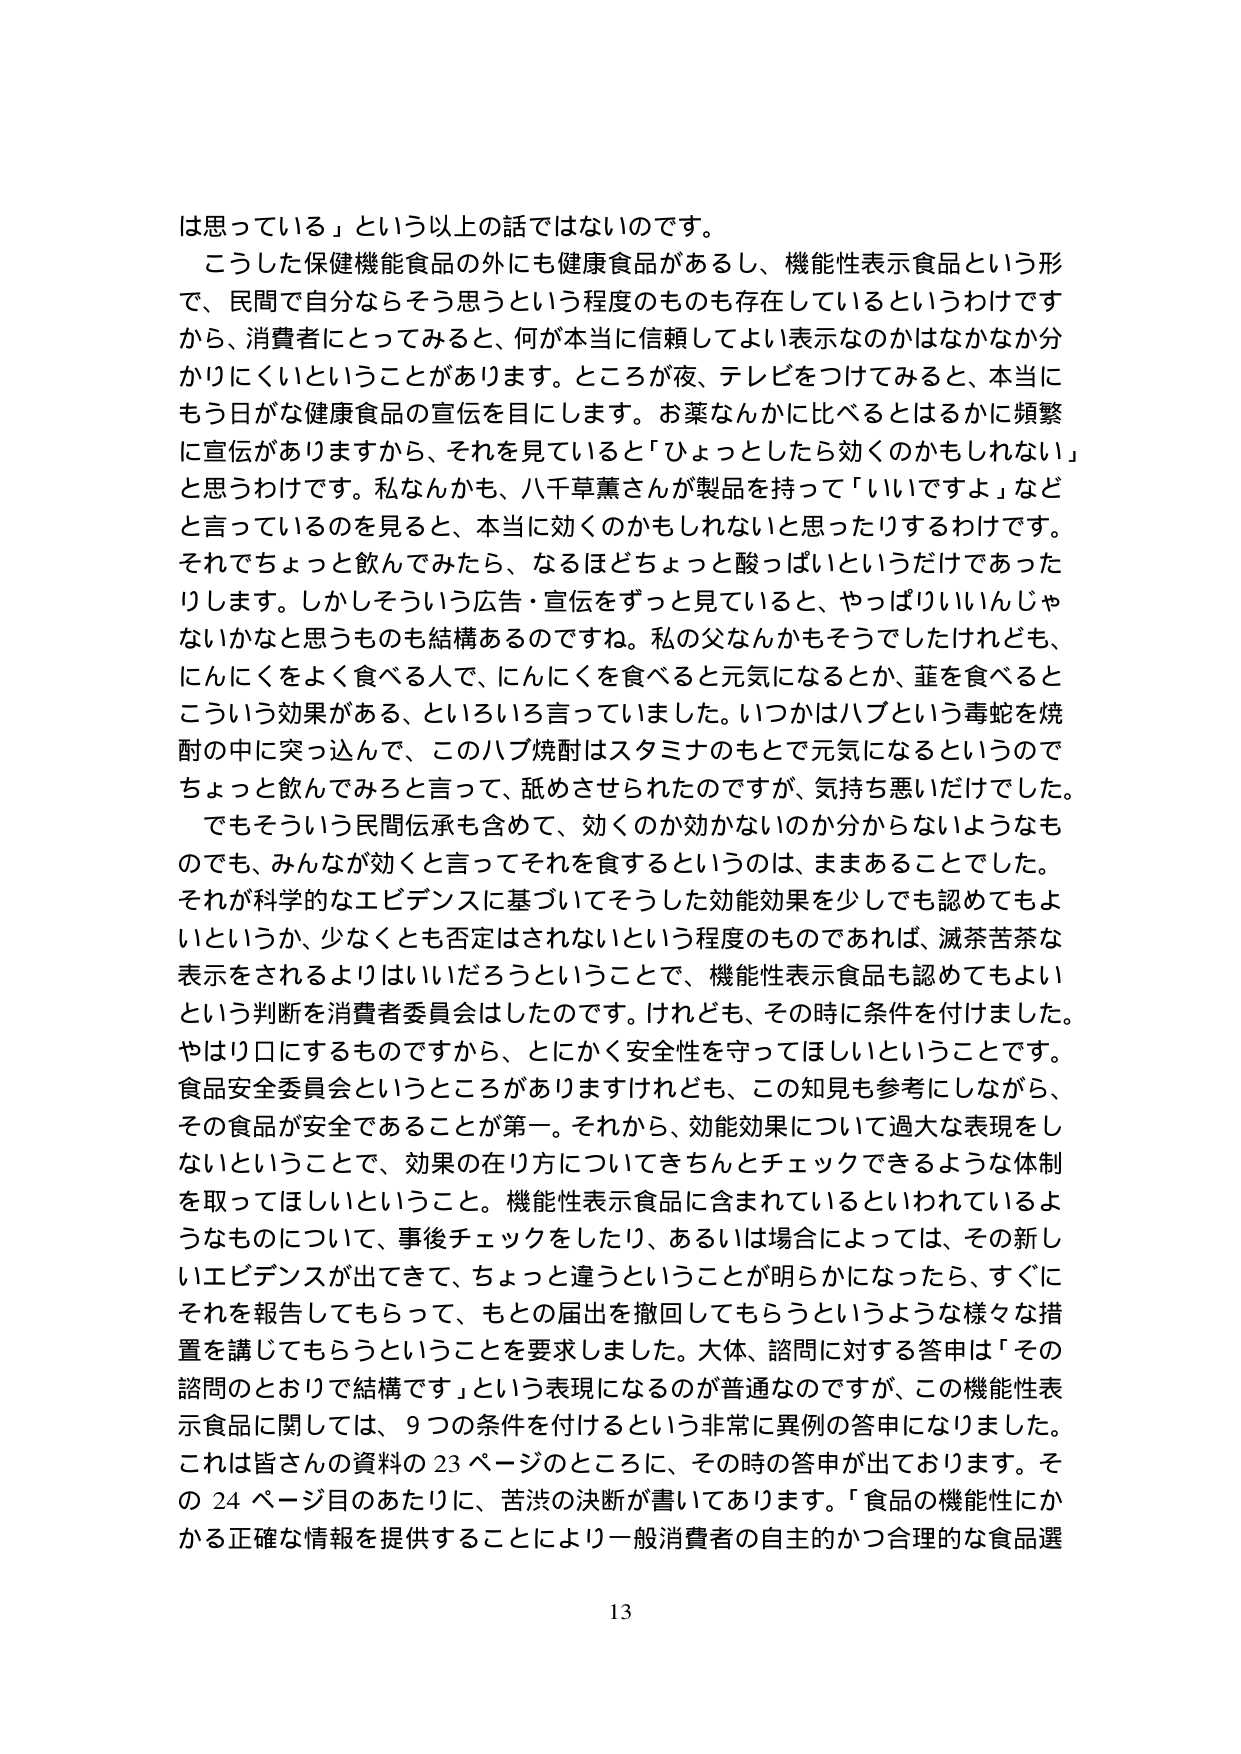
は思っている」という以上の話ではないのです。
こうした保健機能食品の外にも健康食品があるし、機能性表示食品という形で、民間で自分ならそう思うという程度のものも存在しているというわけですから、消費者にとってみると、何が本当に信頼してよい表示なのかはなかなか分かりにくいということがあります。ところが夜、テレビをつけてみると、本当にもう日がな健康食品の宣伝を目にします。お薬なんかに比べるとはるかに頻繁に宣伝がありますから、それを見ていると「ひょっとしたら効くのかもしれない」と思うわけです。私なんかも、八千草薫さんが製品を持って「いいですよ」などと言っているのを見ると、本当に効くのかもしれないと思ったりするわけです。それでちょっと飲んでみたら、なるほどちょっと酸っぱいというだけであったりします。しかしそういう広告・宣伝をずっと見ていると、やっぱりいいんじゃないかなと思うものも結構あるのですね。私の父なんかもそうでしたけれども、にんにくをよく食べる人で、にんにくを食べると元気になるとか、韮を食べるとこういう効果がある、といろいろ言っていました。いつかはハブという毒蛇を焼酎の中に突っ込んで、このハブ焼酎はスタミナのもとで元気になるというのでちょっと飲んでみると言って、舐めさせられたのですが、気持ち悪いだけでした。
でもそういう民間伝承も含めて、効くのか効かないのか分からないようなものでも、みんなが効くと言ってそれを食するというのは、まああることでした。それが科学的なエビデンスに基づいてそうした効能効果を少しでも認めてもよいというか、少なくとも否定はされないという程度のものであれば、滅茶苦茶な表示をされるよりはいいだろうということで、機能性表示食品も認めてもよいという判断を消費者委員会はしたのです。けれども、その時に条件を付けました。やはり口にするものですから、とにかく安全性を守ってほしいということです。食品安全委員会というところがありますけれども、この知見も参考にしながら、その食品が安全であることが第一。それから、効能効果について過大な表現をしないということで、効果の在り方についてきちんとチェックできるような体制を取ってほしいということ。機能性表示食品に含まれているといわれているようなものについて、事後チェックをしたり、あるいは場合によっては、その新しいエビデンスが出てきて、ちょっと違うということが明らかになったら、すぐにそれを報告してもらって、もとの届出を撤回してもらうというような様々な措置を講じてもらうということを要求しました。大体、諮問に対する答申は「その諮問のとおりで結構です」という表現になるのが普通なのですが、この機能性表示食品に関しては、9つの条件を付けるという非常に異例の答申になりました。これは皆さんの資料の23ページのところに、その時の答申が出ております。その24ページ目のあたりに、苦渋の決断が書いてあります。「食品の機能性にかかる正確な情報を提供することにより一般消費者の自主的かつ合理的な食品選
13